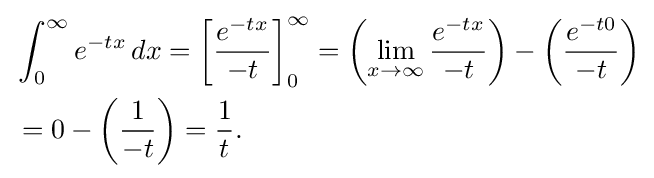
{\begin{aligned}&\int _{0}^{\infty }e^{-tx}\,dx=\left[{\frac {e^{-tx}}{-t}}\right]_{0}^{\infty }=\left(\lim _{x\to \infty }{\frac {e^{-tx}}{-t}}\right)-\left({\frac {e^{-t0}}{-t}}\right)\\&=0-\left({\frac {1}{-t}}\right)={\frac {1}{t}}.\end{aligned}}